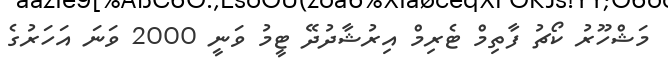
މަޝްހޫރު ކޯޗު ފާތިމް ޓެރިމް އިރުޝާދުދޭ ޓީމު ވަނީ 2000 ވަނަ އަހަރުގެ